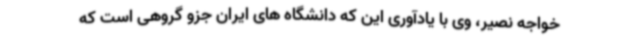
خواجه نصیر، وی با یادآوری این که دانشگاه های ایران جزو گروهی است که